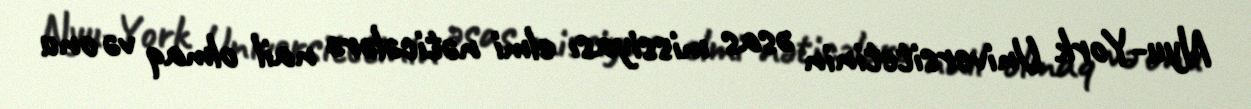
Nyu-York Universitetinin əsas missiyası elmi nəticələrə nail olmaq və onu